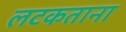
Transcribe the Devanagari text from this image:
लटकताना